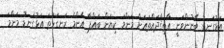
އަޅުގަނޑު ބޭނުންވަނީ އާތިޤާދައްތައަށް މަންމަ ކިޔަން ބައްޕާ އެންމެ ރަނގަޅުތަ އަޅުގަނޑު މަންމަ